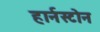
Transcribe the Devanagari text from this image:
हार्नस्टोन